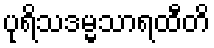
ပုရိသဒမ္မသာရထီတိ